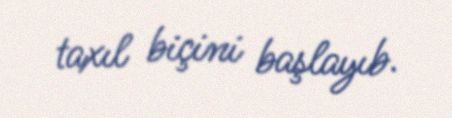
taxıl biçini başlayıb.